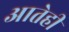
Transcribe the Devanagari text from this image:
आतेही